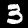
Label: 3